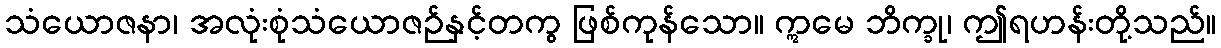
သံယောဇနာ၊ အလုံးစုံသံယောဇဉ်နှင့်တကွ ဖြစ်ကုန်သော။ ဣမေ ဘိက္ခု၊ ဤရဟန်းတို့သည်။